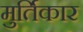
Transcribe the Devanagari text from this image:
मुर्तिकार